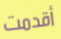
أقدمت